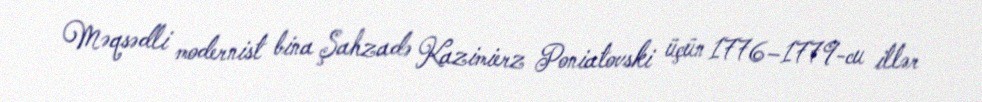
Məqsədli modernist bina Şahzadə Kazimierz Poniatovski üçün 1776–1779-cu illər